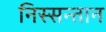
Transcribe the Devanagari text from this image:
निस्सन्तान